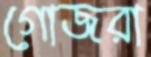
গোজরা